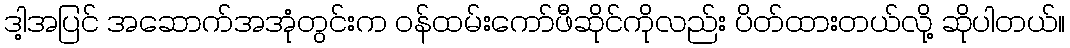
ဒါ့အပြင် အဆောက်အအုံတွင်းက ဝန်ထမ်းကော်ဖီဆိုင်ကိုလည်း ပိတ်ထားတယ်လို့ ဆိုပါတယ်။